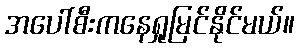
အပေါ်စီးကနေရှုမြင်နိုင်မယ်။